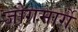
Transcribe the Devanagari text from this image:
जोगमार्गे